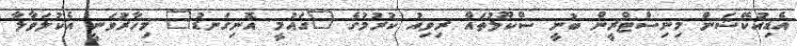
އެޑިއުކޭޝަން މިނިސްޓްރީން ބުނީ ސްކޫލުތައް ރިވިއު ކުރުމުގެ "ގައުމީ އޮނިގަނޑު" މިހާރުވަނީ އެކުލަވާލާ